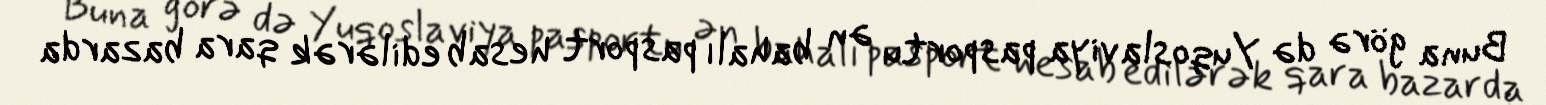
Buna görə də Yuqoslaviya pasportu ən bahalı pasport hesab edilərək qara bazarda